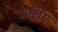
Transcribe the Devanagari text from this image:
केलिए